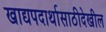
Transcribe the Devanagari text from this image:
खाद्यपदार्थासाठीदेखील